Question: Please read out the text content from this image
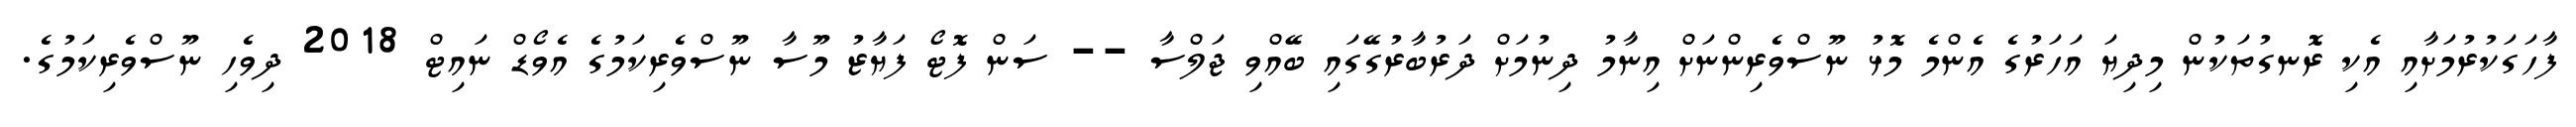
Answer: ފާހަގަކުރުމަށާއި އެކި ރޮނގުތަކުން މިދިޔަ އަހަރުގެ އެންމެ މޮޅު ނޫސްވެރިންނަށް އިނާމު ދިނުމަށް ދަރުބާރުގޭގައި ބޭއްވި ޖަލްސާ -- ސަން ފޮޓޯ ފަޔާޒު މޫސާ ނޫސްވެރިކަމުގެ އެވޯޑް ނައިޓް 2018 ދިވެހި ނޫސްވެރިކަމުގެ.